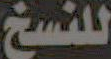
للنسخ